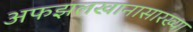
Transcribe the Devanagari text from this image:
अफझलखानासारख्या